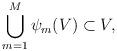
LaTeX: \begin{align*} \bigcup_{m=1}^M \psi_m(V) \subset V,\end{align*}